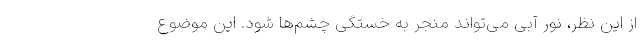
از این نظر، نور آبی می‌تواند منجر به خستگی چشم‌ها شود. این موضوع